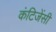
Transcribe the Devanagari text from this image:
कंटिजेंसी